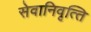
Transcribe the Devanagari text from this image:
सेवानिवृत्‍ति